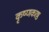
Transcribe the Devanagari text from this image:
कृष्णकाष्ठ